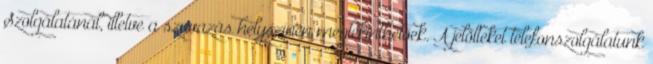
Szolgálatánál, illetve a szavazás helyszínén megtekinthetőek. A jelölteket telefonszolgálatunk